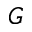
_ G